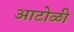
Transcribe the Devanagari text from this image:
आटोळी